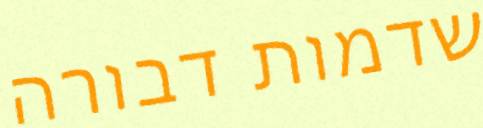
שדמות דבורה